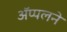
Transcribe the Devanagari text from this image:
ॲप्पलने